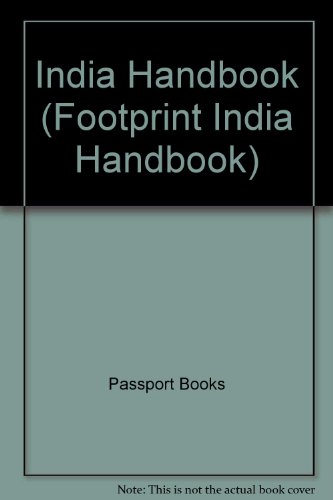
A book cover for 1995 India Handbook: With Sri Lanka, Bhutan and the Maldives (Footprint India Handbook); Robert Bradnock; Travel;